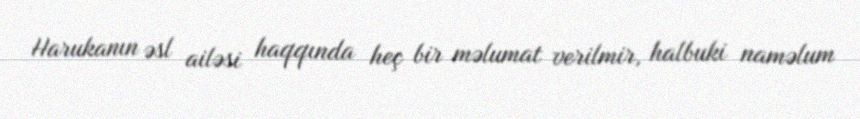
Harukanın əsl ailəsi haqqında heç bir məlumat verilmir, halbuki naməlum